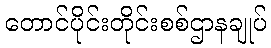
တောင်ပိုင်းတိုင်းစစ်ဌာနချုပ်